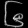
Digit: ၆